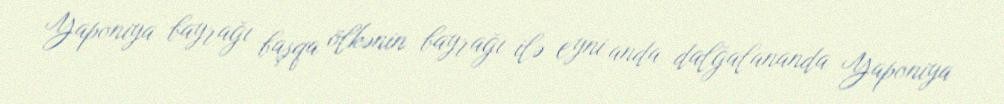
Yaponiya bayrağı başqa ölkənin bayrağı ilə eyni anda dalğalananda Yaponiya